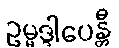
ဥမ္မဒ္ဒါပေန္တီ